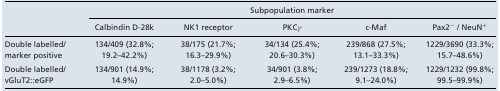
|  | <COLSPAN=5> Subpopulation marker |
 |  | Calbindin D-28k | NK1 receptor | PKCγ | c-Maf | Pax2− / NeuN+ |
 | --- | --- | --- | --- | --- | --- |
 | Double labelled/ marker positive | 134/409 (32.8%; 19.2–42.2%) | 38/175 (21.7%; 16.3–29.9%) | 34/134 (25.4%; 20.6–30.3%) | 239/868 (27.5%; 13.1–33.3%) | 1229/3690 (33.3%; 15.7–48.6%) |
 | Double labelled/vGluT2::eGFP | 134/901 (14.9%; 14.9%) | 38/1178 (3.2%; 2.0–5.0%) | 34/901 (3.8%; 2.9–6.5%) | 239/1273 (18.8%; 9.1–24.0%) | 1229/1232 (99.8%; 99.5–99.9%) |